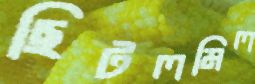
ছিটলমিল